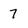
Character: 7